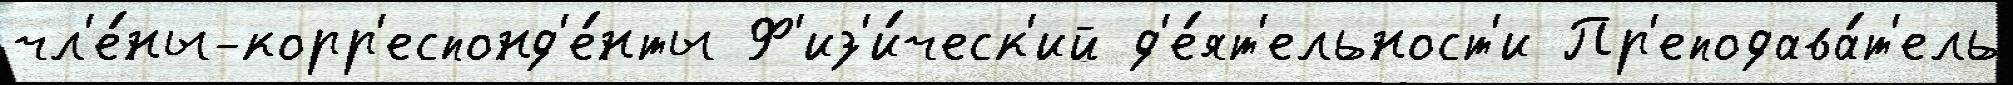
чл'е́ны-корр'еспонд'е́нты Ф'из'и́ческ'ий д'е́ят'ельност'и Пр'еподава́т'ель